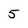
Character: 5